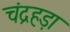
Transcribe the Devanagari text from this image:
चंद्रहड़ा